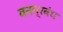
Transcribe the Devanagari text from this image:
वनप्रबंध